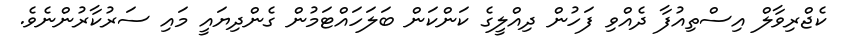
ކެޖްރިވާލް އިސްތިއުފާ ދެއްވި ފަހުން ދިއްލީގެ ކަންކަން ބަލަހައްޓަމުން ގެންދިޔައީ މައި ސަރުކާރުންނެވެ.